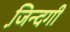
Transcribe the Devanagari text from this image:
जि़न्दगी